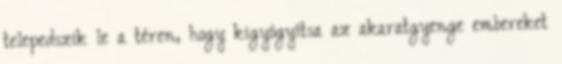
telepedszik le a téren, hogy kigyógyítsa az akaratgyenge embereket